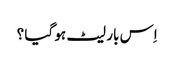
اِس بار لیٹ ہو گیا ؟